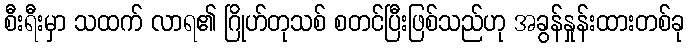
စီးရီးမှာ သထက် လာရ၏ ဂြိုဟ်တုသစ် စတင်ပြီးဖြစ်သည်ဟု အခွန်နှုန်းထားတစ်ခု